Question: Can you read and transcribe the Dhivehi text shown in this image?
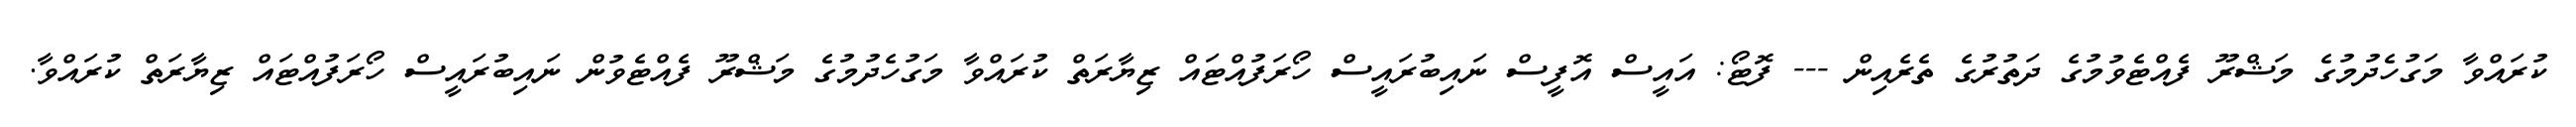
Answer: ކުރައްވާ މަގުހެދުމުގެ މަޝްރޫ ފެއްޓެވުމުގެ ދަތުރުގެ ތެރެއިން --- ފޮޓޯ: އައީސް އޮފީސް ނައިބުރައީސް ހޯރަފުއްޓައް ޒިޔާރަތް ކުރައްވާ މަގުހެދުމުގެ މަޝްރޫ ފެއްޓެވުން ނައިބުރައީސް ހޯރަފުއްޓައް ޒިޔާރަތް ކުރައްވާ.